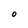
Character: O